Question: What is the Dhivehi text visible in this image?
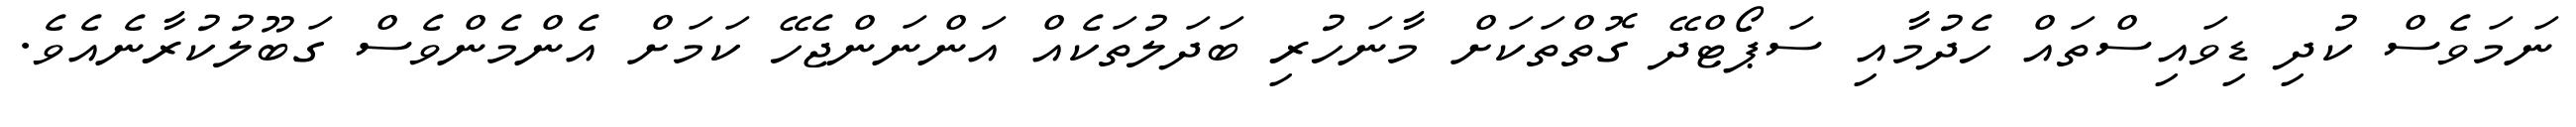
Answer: ނަމަވެސް ކުދި ޑިވައިސްތައް ހެދުމާއި ސަޕޯޓްދޭ ގޮތްތަކަށް މާނަހުރި ބަދަލުތަކެއް އަންނަންޖެހޭ ކަމަށް އެންމެންވެސް ގަބޫލުކުރާނެއެވެ.